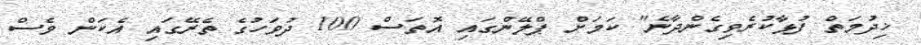
ޚިދުމަތް ފުޅާކުރެވިގެންދާނެ" ކަމަށް ޕްލޭންގައި އޮތަސް 100 ދުވަހުގެ ތެރޭގައި އެކަން ވެސް